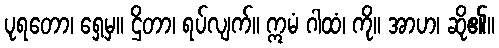
ပုရတော၊ ရှေ့မှ။ ဌိတာ၊ ရပ်လျက်။ ဣမံ ဂါထံ၊ ကို။ အာဟ၊ ဆို၏။